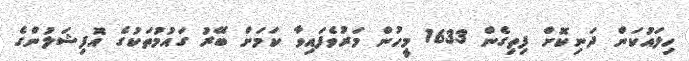
ހިލައުކަން ދަނިކޮށް ފިތިގެން 1633 މީހުން މަރުވެފައިވާ ކަމަށް ބޭރު ގައުމުތަކުގެ އޮފިޝަލުންގެ